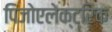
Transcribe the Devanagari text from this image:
पिजोएलेक्ट्रिक